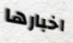
اخبارها